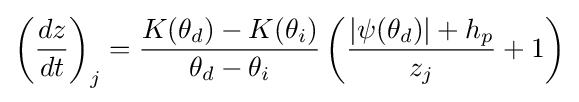
\left({\frac {dz}{dt}}\right)_{j}={\frac {K(\theta _{d})-K(\theta _{i})}{\theta _{d}-\theta _{i}}}\left({\frac {|\psi (\theta _{d})|+h_{p}}{z_{j}}}+1\right)